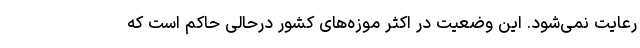
رعایت نمی‌شود. این وضعیت در اکثر موزه‌های کشور درحالی حاکم است که